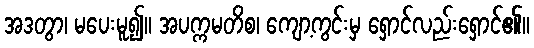
အဒတွာ၊ မပေးမူ၍။ အပက္ကမတိစ၊ ကျော့ကွင်းမှ ရှောင်လည်းရှောင်၏။